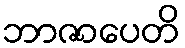
ဘာဇာပေတိ